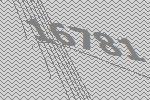
16781